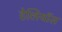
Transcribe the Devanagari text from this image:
हेलियॉस